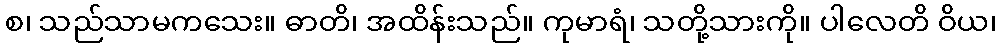
စ၊ သည်သာမကသေး။ ဓာတိ၊ အထိန်းသည်။ ကုမာရံ၊ သတို့သားကို။ ပါလေတိ ဝိယ၊